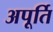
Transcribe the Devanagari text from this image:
अपूर्ति